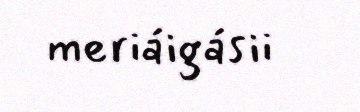
meriáigásii